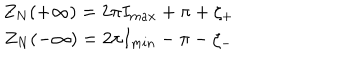
\begin{array} { c } { { Z _ { N } ( + \infty ) = 2 \pi I _ { m a x } + \pi + \zeta _ { + } } } \\ { { Z _ { N } ( - \infty ) = 2 \pi I _ { m i n } - \pi - \zeta _ { - } } } \\ \end{array}